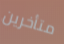
متأخرين